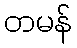
တမန်